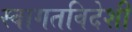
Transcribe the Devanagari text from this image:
स्वागतविदेशी